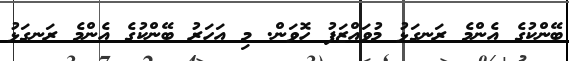
ބޭންކުގެ އެންމެ ރަނގަޅު މުވައްޒަފު ހޮވަން. މި އަހަރު ބޭންކުގެ އެންމެ ރަނގަޅު